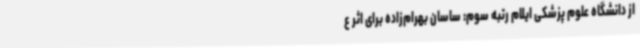
از دانشگاه علوم پزشکی ایلام رتبه سوم: ساسان بهرام‌زاده برای اثر ع